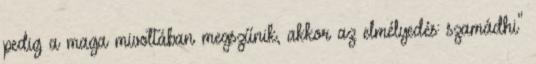
pedig a maga mivoltában megszűnik, akkor az elmélyedés: szamádhi"